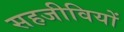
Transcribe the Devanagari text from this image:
सहजीवियों